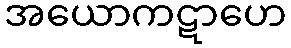
အယောကဋာဟေ